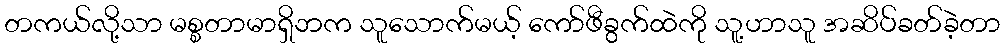
တကယ်လို့သာ မစ္စတာမာရှိဘက သူသောက်မယ့် ကော်ဖီခွက်ထဲကို သူ့ဟာသူ အဆိပ်ခတ်ခဲ့တာ